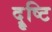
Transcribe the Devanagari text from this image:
दॄ्ष्टि